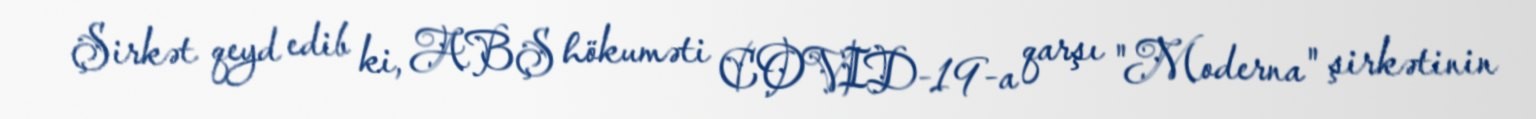
Şirkət qeyd edib ki, ABŞ hökuməti COVID-19-a qarşı "Moderna" şirkətinin